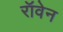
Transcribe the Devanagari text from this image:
रॉवेन